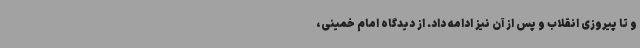
و تا پیروزی انقلاب و پس از آن نیز ادامه داد. از دیدگاه امام خمینی،